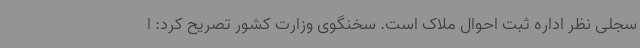
سجلی نظر اداره ثبت احوال ملاک است. سخنگوی وزارت کشور تصریح کرد: ا